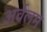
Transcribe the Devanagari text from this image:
अर्वलम